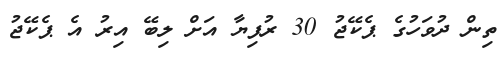
ތިން ދުވަހުގެ ޕެކޭޖު 30 ރުފިޔާ އަށް ލިބޭ އިރު އެ ޕެކޭޖު